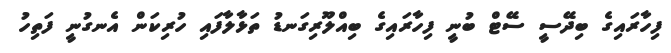
ފިހާރައިގެ ބިދޭސީ ސޭޓް ބުނީ ފިހާރައިގެ ބިއްލޫރިގަނޑު ތަޅާލާފައި ހުރިކަން އެނގުނީ ފަތިހު